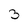
Character: 3